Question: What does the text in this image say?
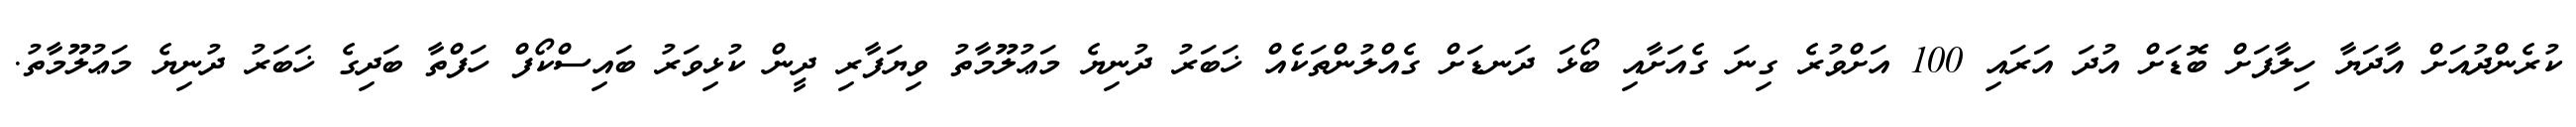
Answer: ކުރެންދުއަށް އާދަޔާ ހިލާފަށް ބޮޑަށް އުދަ އަރައި 100 އަށްވުރެ ގިނަ ގެއަށާއި ބޯޅަ ދަނޑަށް ގެއްލުންތަކެއް ޚަބަރު ދުނިޔެ މަޢުލޫމާތު ވިޔަފާރި ދީން ކުޅިވަރު ބައިސްކޯފް ހަފްތާ ބަދިގެ ޚަބަރު ދުނިޔެ މަޢުލޫމާތު.